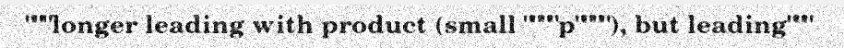
"""longer leading with product (small """"p""""), but leading"""